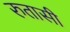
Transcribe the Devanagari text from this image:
रुतासी